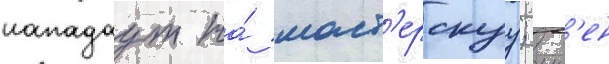
нападаут на́ маст'ерскуу; инс'ен